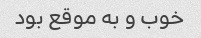
خوب و به موقع بود